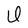
Character: U